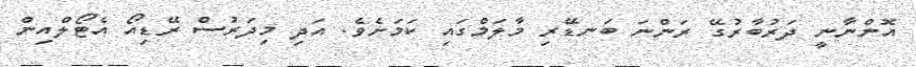
އޮންނާނީ ދަރުބާރުގޭ ރަންނަ ބަނޑޭރި މާލަމްގައި ކަމަށެވެ. އަދި މިދަރުސް ރޭޑިއޯ އެޓޯލްއިން